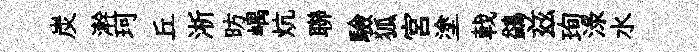
炭澣珂丘淅昉嵎炕聯驗狐宫塗戟鷁兹珣渌水